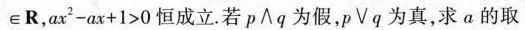
\in R，$$a x ^ { 2 } - a x + 1 > 0$$恒成立。若p\wedge q为假，p\vee q为真，求a的取